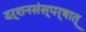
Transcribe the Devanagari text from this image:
दर्शनसंस्पर्षात्